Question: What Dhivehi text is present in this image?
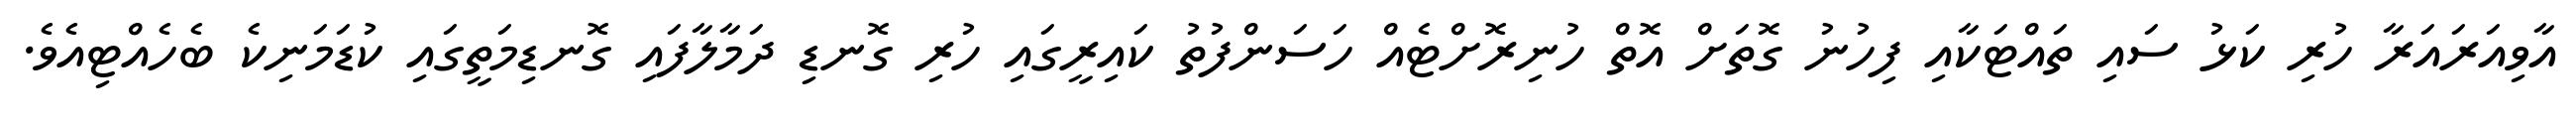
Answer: އާވިއަރައަރާ ހުރި ކަޅު ސައި ތައްޓަކާއި ފިހުނު ގޮތަށް އޮތް ހުނިރޮށްޓެއް ހަސަންފުތު ކައިރީގައި ހުރި ގޮނޑި ދަމާލާފައި ގޮނޑިމަތީގައި ކުޑަމަނިކެ ބެހެއްޓިއެވެ.